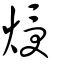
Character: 𤊐